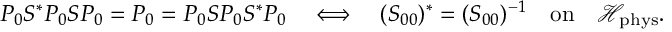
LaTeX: P _ { 0 } S ^ { * } P _ { 0 } S P _ { 0 } = P _ { 0 } = P _ { 0 } S P _ { 0 } S ^ { * } P _ { 0 } \quad \Longleftrightarrow \quad ( S _ { 0 0 } ) ^ { * } = ( S _ { 0 0 } ) ^ { - 1 } \quad \mathrm { o n } \quad \mathcal { H } _ { \mathrm { p h y s } } .